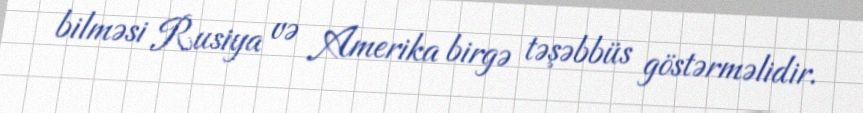
bilməsi Rusiya və Amerika birgə təşəbbüs göstərməlidir.